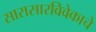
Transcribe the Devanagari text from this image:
सारासारविवेकाचे